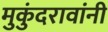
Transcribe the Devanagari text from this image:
मुकुंदरावांनी